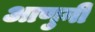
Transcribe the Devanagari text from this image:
आणुनी